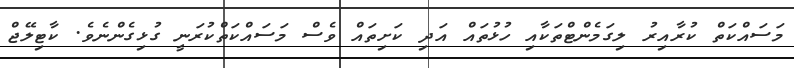
މަަސައްކަތް ކުރާއިރު ލިގަމެންޓްތަކާއި ހުޅުތައް އަދި ކަށިތައް ވެސް މަސައްކަތްކުރަނީ ގުޅިގެންނެވެ. ކާޓިލޭޖް